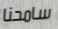
سامحنا